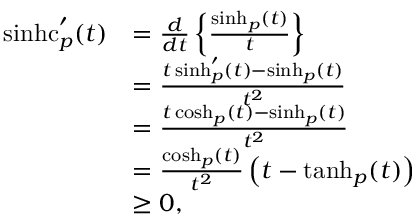
\begin{array} { r l } { \operatorname { s i n h c } _ { p } ^ { \prime } ( t ) } & { = \frac { d } { d t } \left\{ \frac { \sinh _ { p } ( t ) } { t } \right\} } \\ & { = \frac { t \sinh _ { p } ^ { \prime } ( t ) - \sinh _ { p } ( t ) } { t ^ { 2 } } } \\ & { = \frac { t \cosh _ { p } ( t ) - \sinh _ { p } ( t ) } { t ^ { 2 } } } \\ & { = \frac { \cosh _ { p } ( t ) } { t ^ { 2 } } \left( t - \operatorname { t a n h } _ { p } ( t ) \right) } \\ & { \geq 0 , } \end{array}